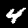
Label: 4